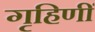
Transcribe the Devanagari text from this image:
गृहिणीं